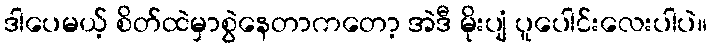
ဒါပေမယ့် စိတ်ထဲမှာစွဲနေတာကတော့ အဲဒီ မိုးပျံ ပူပေါင်းလေးပါပဲ။